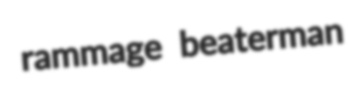
rammage beaterman